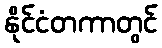
နိုင်ငံတကာတွင်